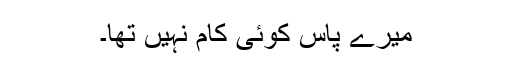
میرے پاس کوئی کام نہیں تھا۔